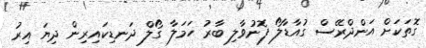
ގޮތަކަށް އަންދްރޭސް ގުއާޑާލޯ ފޮނުވާލި ބާރު ހަމަލާ ގޯލް ދަނޑިކައިރިން ދިޔަ އިރު